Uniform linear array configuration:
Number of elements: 32
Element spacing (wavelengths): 0.5
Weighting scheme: binomial
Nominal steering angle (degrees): -45
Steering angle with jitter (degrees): -43.388
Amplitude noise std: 0.05
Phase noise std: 0.05

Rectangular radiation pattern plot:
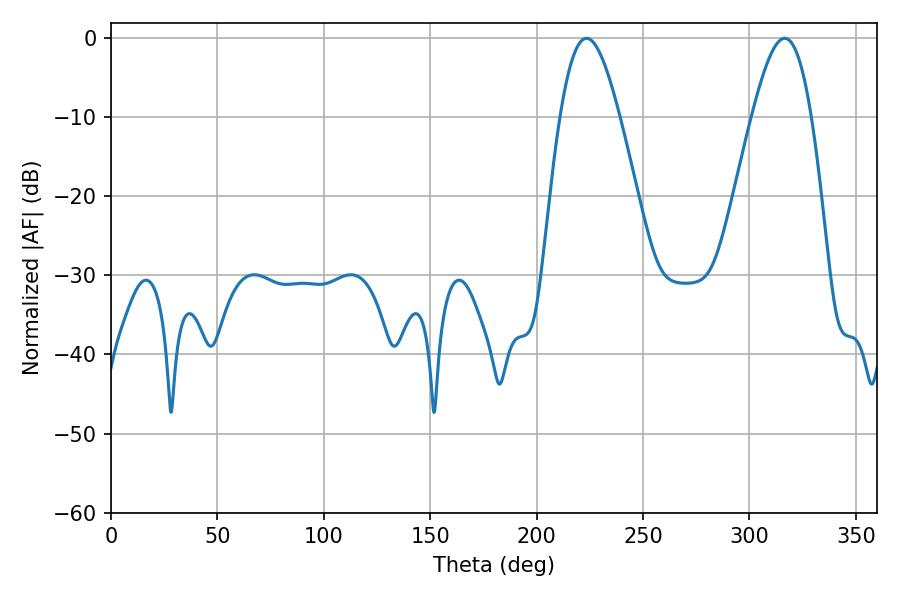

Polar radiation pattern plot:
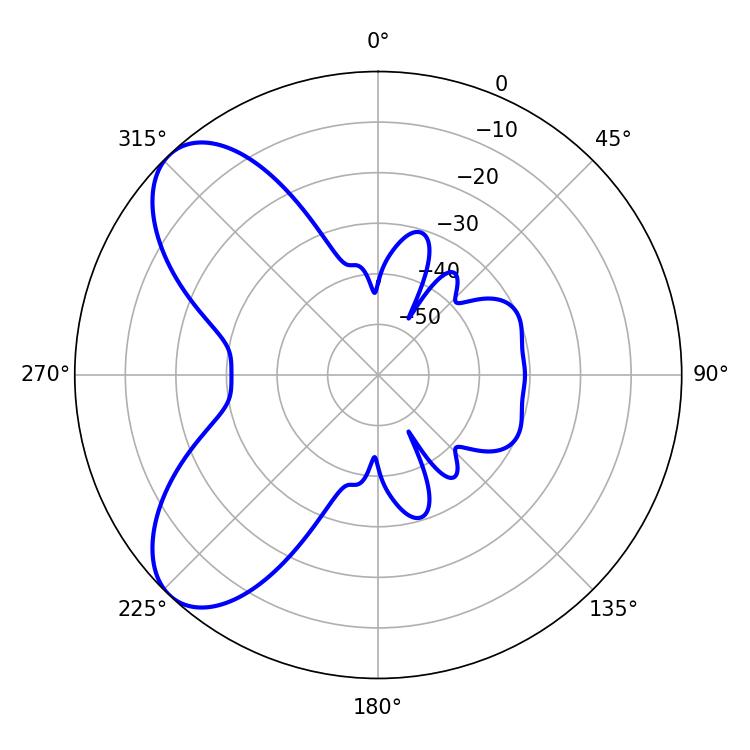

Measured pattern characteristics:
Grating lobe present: FALSE
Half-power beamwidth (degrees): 15.12
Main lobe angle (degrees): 223.38